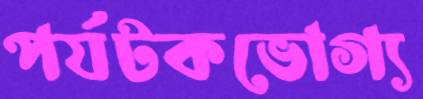
পর্যটকভোগ্য